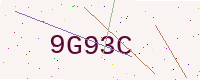
Text: 9G93C